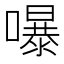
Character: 嚗